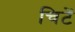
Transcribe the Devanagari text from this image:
चिटें